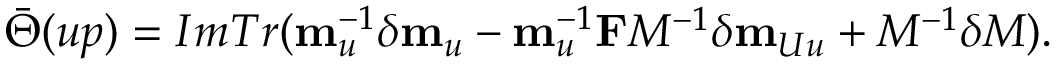
\bar { \Theta } ( u p ) = I m T r ( { \bf m } _ { u } ^ { - 1 } \delta { \bf m } _ { u } - { \bf m } _ { u } ^ { - 1 } { \bf F } M ^ { - 1 } \delta { \bf m } _ { U u } + M ^ { - 1 } \delta M ) .